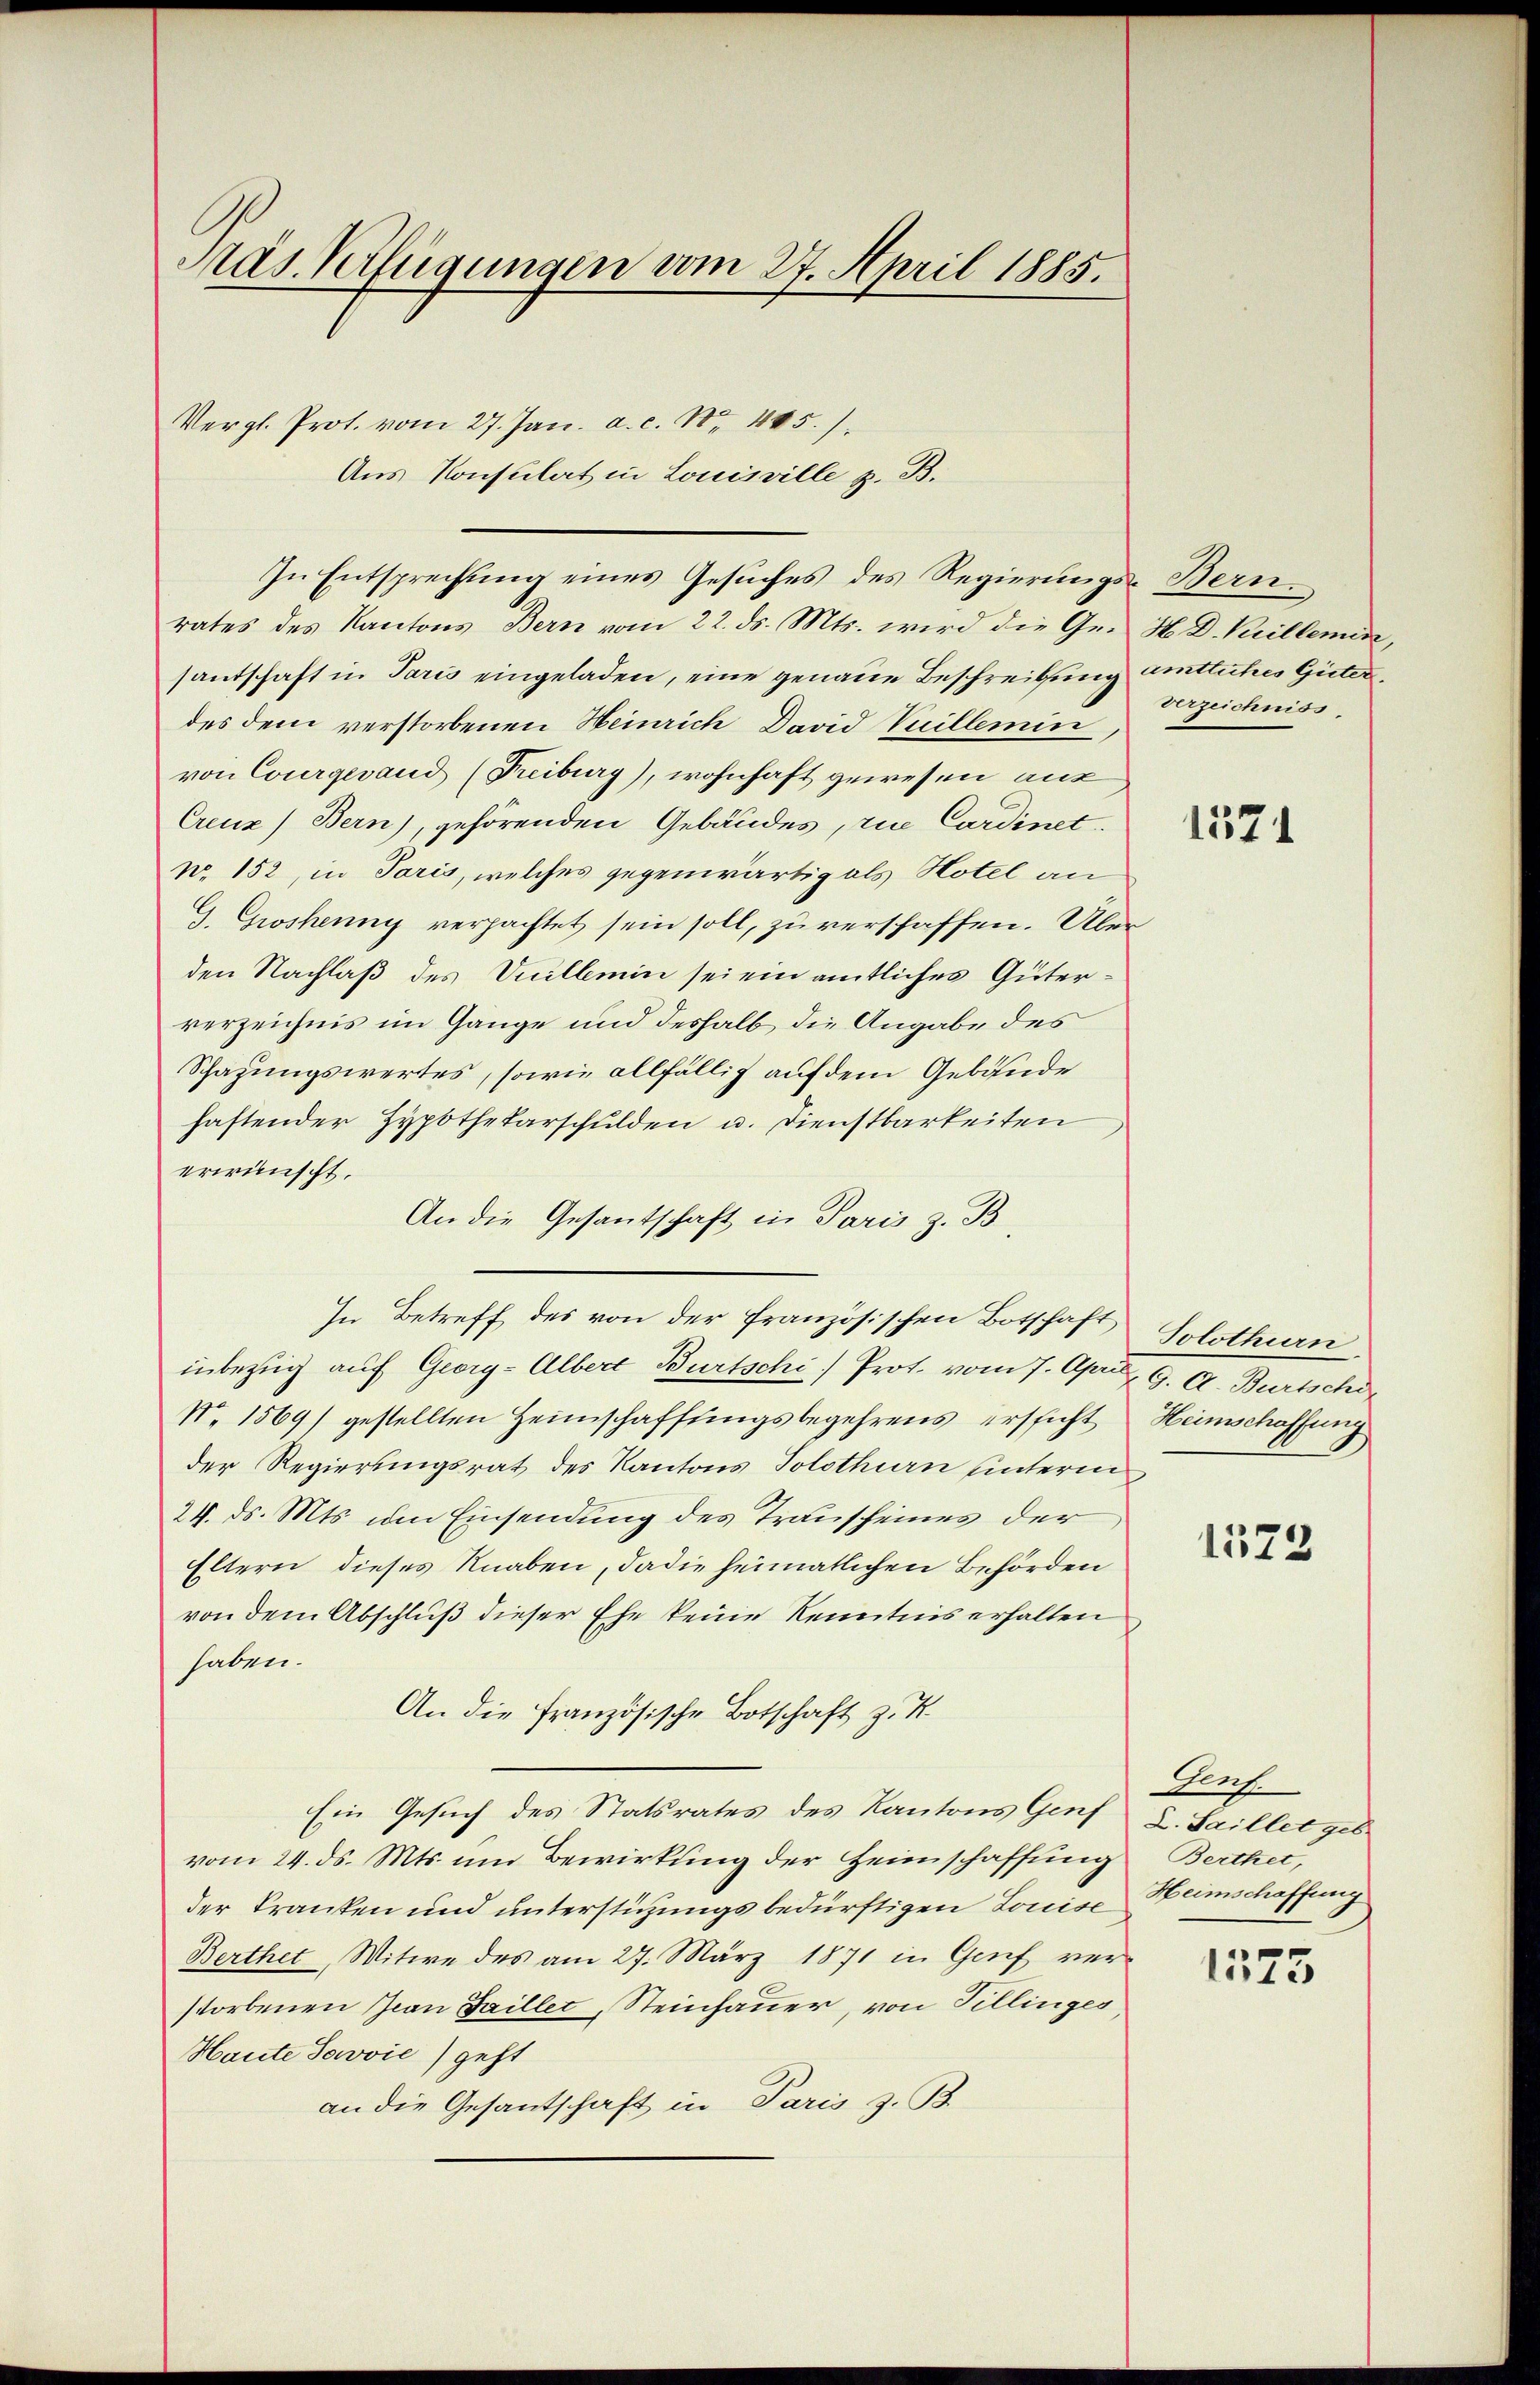
Präs. Verfügungen vom 27. April 1885.

Vergl. Prot. vom 27. Jan. a. c. S. 485.)
Aus Konsulat in Louisville z. B.
rates des Kantons Bern vom 22. ds. Mts. wird die Ge- H. D. Keillemin,
santschaft in Paris eingeladen, eine genaue Beschreibung amtliches Güterdes dem verstorbenen Heinrich David Vuillemin
von Courgesand (Freiburg), wohnhaft gewesen aus
Creuz) Bern), gehörenden Gebäudes, zu Cardinet.
N. 152, in Paris, welches gegenwärtig als Hotel an
G. Groshenny verpachtet sein soll, zu verschaffen. Über
den Nachlaß des Vuillemin sei ein amtliches Güterverzeichnis im Gange und deshalb die Angabe des
Schazungswertes, sowie allfällig auf dem Gebäude
haftender Hypothekarschulden u. Dienstbarkeiten
erwünscht.
An die Gesantschaft in Paris z. B.
inbezug auf Georg-Albert Burtschi) Prot. vom 7. April. 9. A. Burtschi
No. 1569) gestellten Heimschaffungsbegehrens ersticht Heimschaffung
der Regierungsrat des Kantons Solothurn unterm
24. ds. Mts. um Einsendung des Trauscheines der
Eltern dieses Knaben, da die heimatlichen Behörden
von dem Abschluß dieser Ehe keine Kenntnis erhalten
haben.
An die französische Botschaft z. K.
Ein Gesuch des Statsrates des Kantons Genf
vom 24. ds. Mts. um Bewirkung der Heimschaffung
der Tranken und unterstüzungs bedürftigen Louise
Berthet, Witwe des am 27. März 1871 in Genf ver-
storbenen Jean Saillet, Steinhauer, von Tillinges
Haute Javvić) geht
an die Gesantschaft in Paris z. B.

In Entsprechung eines Gesuches des Regierungs-Bern.

In Betreff des von der französischen Botschaft Solothurn

erzeichniss

1571

1572

Auf
L. Saillet geb.
Berthet,
Heimschaffung

1575